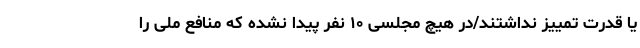
یا قدرت تمییز نداشتند/در هیچ مجلسی ۱۰ نفر پیدا نشده که منافع ملی را